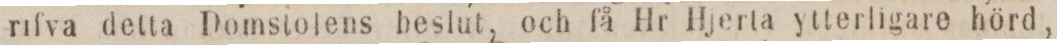
rifva detta Domstolens beslut, och få Hr Hjerta ytterligare hörd,